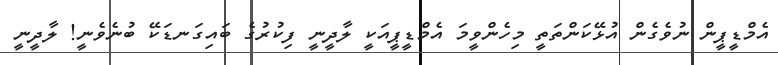
އެމްޑީޕީން ނުވެގެން އުޅޭކަންތަތީ މިހެންވީމަ އެމްޑީޕީއަކީ ލާދީނީ ފިކުރުގެ ބައިގަނޑަކޭ ބުނެވެނީ! ލާދީނީ